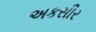
અકસીર